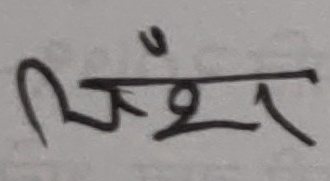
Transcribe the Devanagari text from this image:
भँश